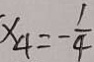
x _ { 4 } = - \frac { 1 } { 4 }